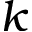
k